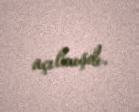
açılmışdı.